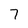
Character: 7